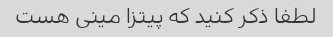
لطفا ذکر کنید که پیتزا مینی هست